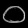
Digit: ၀